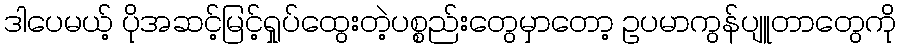
ဒါပေမယ့် ပိုအဆင့်မြင့်ရှုပ်ထွေးတဲ့ပစ္စည်းတွေမှာတော့ ဥပမာကွန်ပျူတာတွေကို